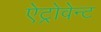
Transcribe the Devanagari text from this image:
ऐट्रोवेन्ट